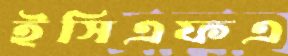
ইসিএফএ